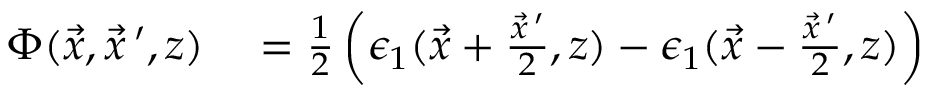
\begin{array} { r l } { \Phi ( \vec { x } , \vec { x } \, ^ { \prime } , z ) } & { { } = \frac { 1 } { 2 } \left( \epsilon _ { 1 } ( \vec { x } + \frac { \vec { x } \, ^ { \prime } } { 2 } , z ) - \epsilon _ { 1 } ( \vec { x } - \frac { \vec { x } \, ^ { \prime } } { 2 } , z ) \right) } \end{array}